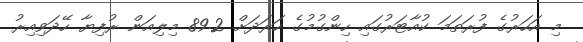
މި އަހަރުގެ ފުރަތަމަ ކުއާޓަރުގައި ހިންގުމުގެ ހަރަދަށް 89.2 މިލިއަން ރުފިޔާ ހޭދަވިއިރު